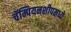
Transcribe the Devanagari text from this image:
चॅम्पियनशीपमध्ये